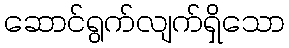
ဆောင်ရွက်လျက်ရှိသော